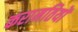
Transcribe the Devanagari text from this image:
करामतियों